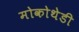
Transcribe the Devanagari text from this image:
मोकोथेडी